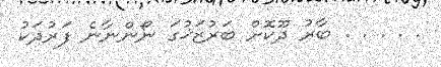
. . . . . ބާރު ދޫކޮށް ބަރުޒަޚުގަ ނޯންނާނެ ފަރުދަކު